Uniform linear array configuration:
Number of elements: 48
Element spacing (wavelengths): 0.5
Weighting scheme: cosine
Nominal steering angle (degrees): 30
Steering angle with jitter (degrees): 30.406
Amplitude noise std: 0.05
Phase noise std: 0.05

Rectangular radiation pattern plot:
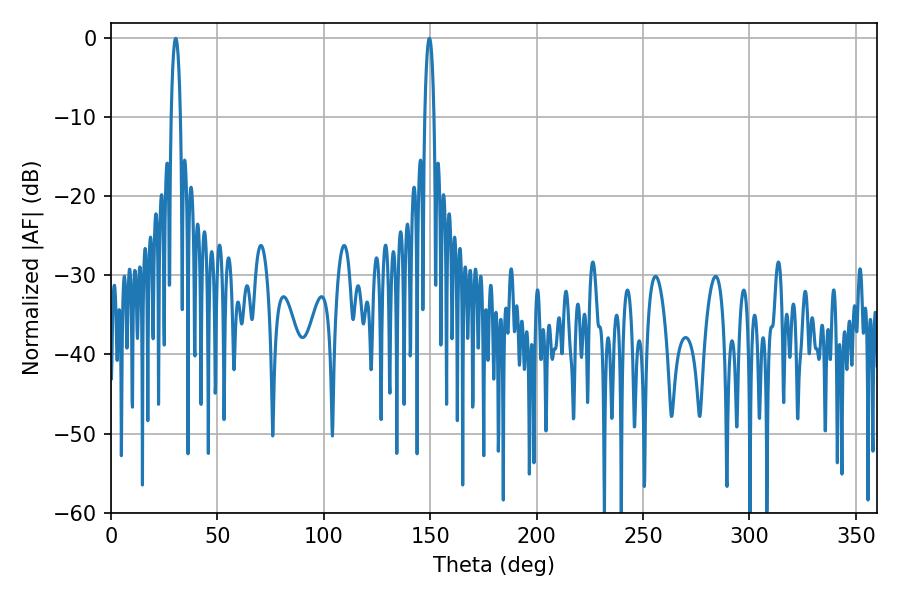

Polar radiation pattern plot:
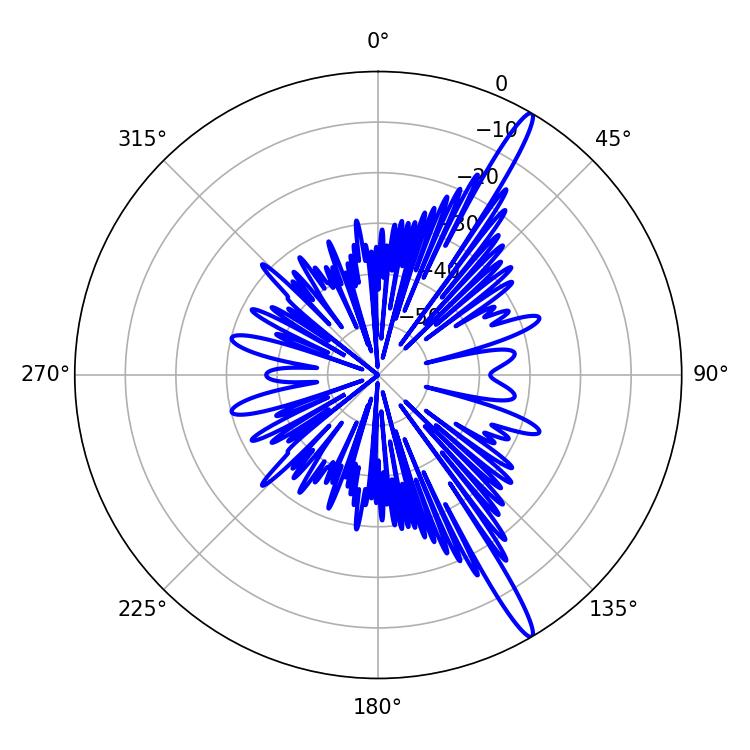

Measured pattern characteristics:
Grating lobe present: FALSE
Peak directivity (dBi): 16.066
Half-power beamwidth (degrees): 2.52
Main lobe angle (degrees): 30.42